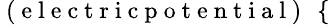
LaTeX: \small\mathrm{~(~e~l~e~c~t~r~i~c~p~o~t~e~n~t~i~a~l~)~}\ \left\{ \begin{array}{rl}\end{array}\right.